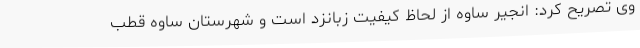
وی تصریح کرد: انجیر ساوه از لحاظ کیفیت زبانزد است و شهرستان ساوه قطب